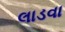
લાડવા